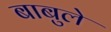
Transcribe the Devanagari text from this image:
बाबुले